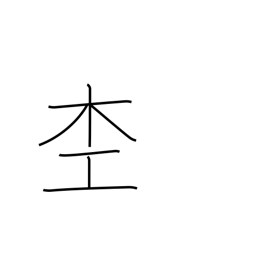
Meaning: woodworker